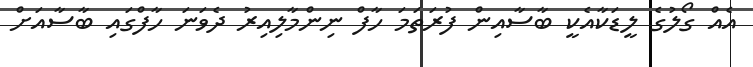
އެއް ގޯލުގެ ލީޑަކާއެކީ ބާސާއިން ފުރަތަމަ ހާފް ނިންމާލިއިރު ދެވަނަ ހާފްގައި ބާސާއަށް